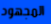
المجهود